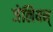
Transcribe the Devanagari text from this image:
जेलियन्